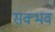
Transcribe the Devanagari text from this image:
सक्भव